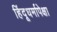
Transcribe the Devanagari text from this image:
हिंदूधर्मापेक्षा